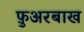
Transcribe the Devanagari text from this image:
फ़ुअरबाख